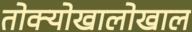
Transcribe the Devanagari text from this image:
तोक्योखालोखाल